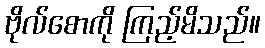
ဗိုလ်စောကို ကြည့်မိသည်။